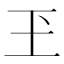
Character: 玊